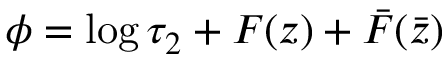
\phi = \log \tau _ { 2 } + F ( z ) + \bar { F } ( \bar { z } )